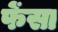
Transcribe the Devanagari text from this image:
फेंसा